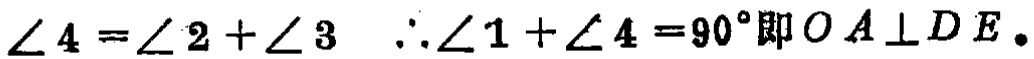
$\angle 4=\angle 2+\angle 3\ \ \therefore\angle 1+\angle 4 = 90^{\circ}即OA\perp DE.$